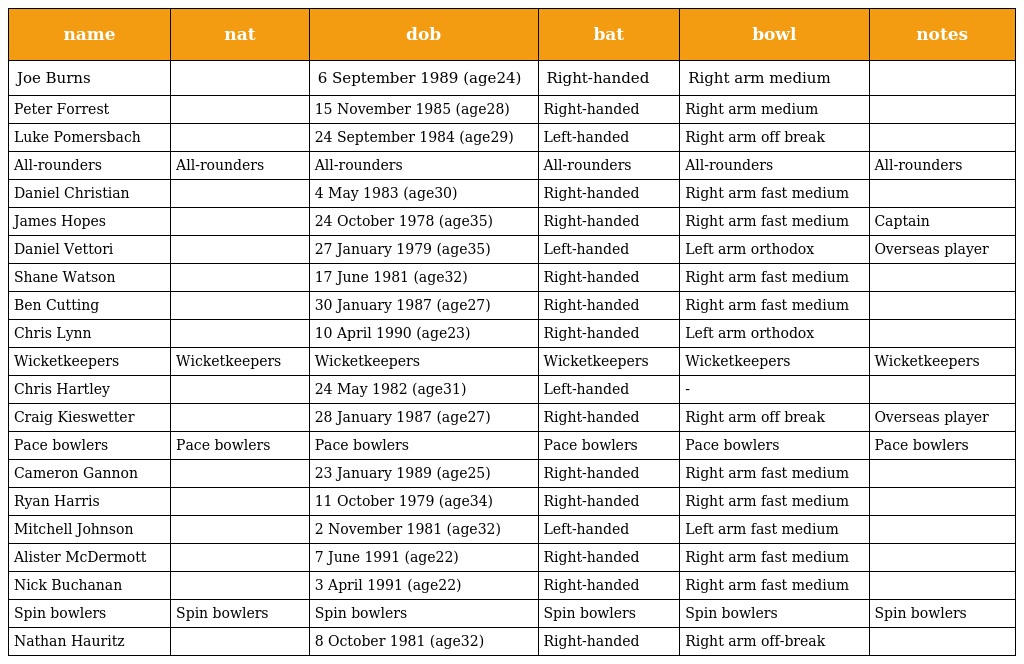
| name | nat | dob | bat | bowl | notes |
 | --- | --- | --- | --- | --- | --- |
 | Joe Burns |  | 6 September 1989 (age24) | Right-handed | Right arm medium |  |
 | Peter Forrest |  | 15 November 1985 (age28) | Right-handed | Right arm medium |  |
 | Luke Pomersbach |  | 24 September 1984 (age29) | Left-handed | Right arm off break |  |
 | All-rounders | All-rounders | All-rounders | All-rounders | All-rounders | All-rounders |
 | Daniel Christian |  | 4 May 1983 (age30) | Right-handed | Right arm fast medium |  |
 | James Hopes |  | 24 October 1978 (age35) | Right-handed | Right arm fast medium | Captain |
 | Daniel Vettori |  | 27 January 1979 (age35) | Left-handed | Left arm orthodox | Overseas player |
 | Shane Watson |  | 17 June 1981 (age32) | Right-handed | Right arm fast medium |  |
 | Ben Cutting |  | 30 January 1987 (age27) | Right-handed | Right arm fast medium |  |
 | Chris Lynn |  | 10 April 1990 (age23) | Right-handed | Left arm orthodox |  |
 | Wicketkeepers | Wicketkeepers | Wicketkeepers | Wicketkeepers | Wicketkeepers | Wicketkeepers |
 | Chris Hartley |  | 24 May 1982 (age31) | Left-handed | - |  |
 | Craig Kieswetter |  | 28 January 1987 (age27) | Right-handed | Right arm off break | Overseas player |
 | Pace bowlers | Pace bowlers | Pace bowlers | Pace bowlers | Pace bowlers | Pace bowlers |
 | Cameron Gannon |  | 23 January 1989 (age25) | Right-handed | Right arm fast medium |  |
 | Ryan Harris |  | 11 October 1979 (age34) | Right-handed | Right arm fast medium |  |
 | Mitchell Johnson |  | 2 November 1981 (age32) | Left-handed | Left arm fast medium |  |
 | Alister McDermott |  | 7 June 1991 (age22) | Right-handed | Right arm fast medium |  |
 | Nick Buchanan |  | 3 April 1991 (age22) | Right-handed | Right arm fast medium |  |
 | Spin bowlers | Spin bowlers | Spin bowlers | Spin bowlers | Spin bowlers | Spin bowlers |
 | Nathan Hauritz |  | 8 October 1981 (age32) | Right-handed | Right arm off-break |  |